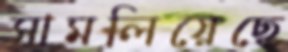
সামলিয়েছে